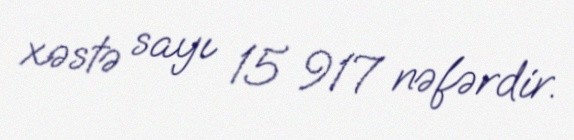
xəstə sayı 15 917 nəfərdir.